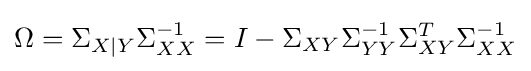
\Omega =\Sigma _{X|Y}\Sigma _{XX}^{-1}=I-\Sigma _{XY}\Sigma _{YY}^{-1}\Sigma _{XY}^{T}\Sigma _{XX}^{-1}